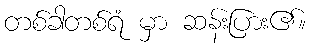
တစ်ခါတစ်ရံ မှာ ဆန်းပြား၏။